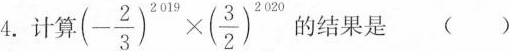
4.计算 $$( - \frac { 2 } { 3 } ) ^ { 2 0 1 9 } \times ( \frac { 3 } { 2 } ) ^ { 2 0 2 0 }$$ 的结果是 ()